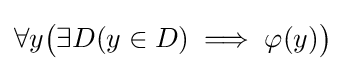
\forall y{\bigl (}\exists D(y\in D)\implies \varphi (y){\bigr )}